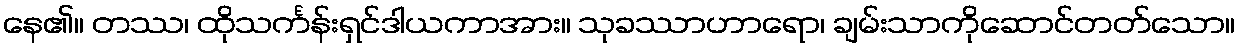
နေ၏။ တဿ၊ ထိုသင်္ကန်းရှင်ဒါယကာအား။ သုခဿာဟာရော၊ ချမ်းသာကိုဆောင်တတ်သော။